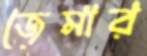
জেমার